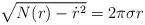
\begin{align*}\sqrt{N(r) - \dot{r}^2} = 2\pi\sigma r\end{align*}